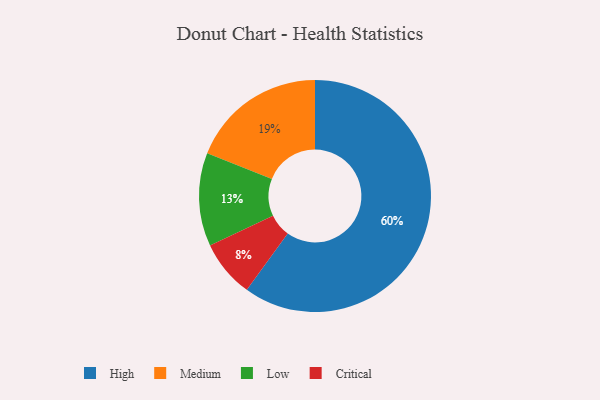
{"axis": {"x": "Category", "y": "Percentage"}, "legend": ["Critical", "High", "Low", "Medium"], "data": [{"x": "Medium", "y": 19, "type": "Medium"}, {"x": "Low", "y": 13, "type": "Low"}, {"x": "High", "y": 60, "type": "High"}, {"x": "Critical", "y": 8, "type": "Critical"}]}